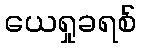
ယေရှုခရစ်